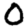
Digit: 0